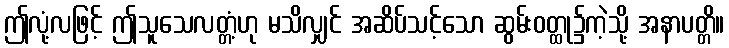
ဤလုံ့လဖြင့် ဤသူသေလတ္တံ့ဟု မသိလျှင် အဆိပ်သင့်သော ဆွမ်းဝတ္ထု၌ကဲ့သို့ အနာပတ္တိ။